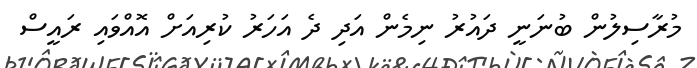
މުރާސިލުން ބުނަނީ ދައުރު ނިމެން އަދި ދެ އަހަރު ކުރިއަށް އޮއްވައި ރައީސް